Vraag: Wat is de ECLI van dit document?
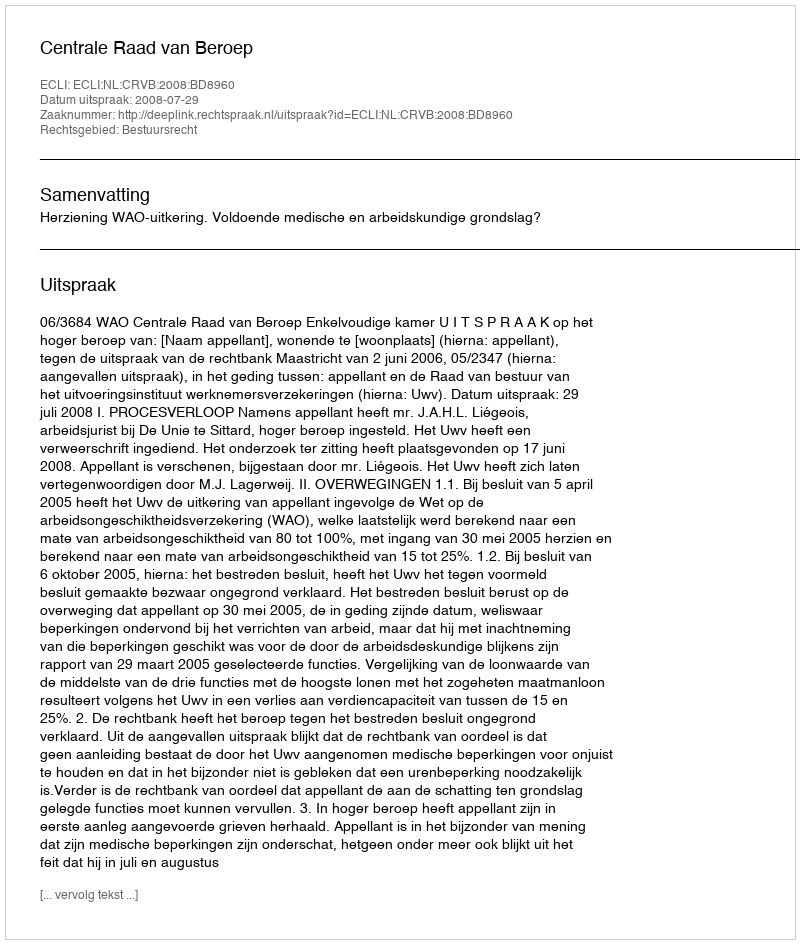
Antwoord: ECLI:NL:CRVB:2008:BD8960